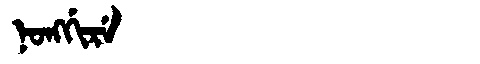
Manchu: ᠨᠣᠩᡤᡳᡵᡝ
Romanization: NONGGIRE